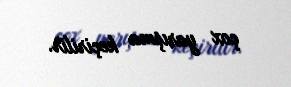
çox yarışma keçirilir.